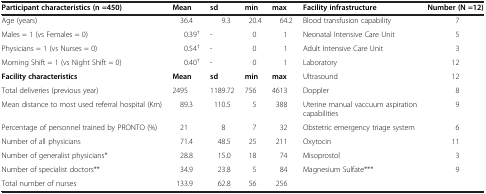
<table><thead><tr><td><b>Participant characteristics (n =450)</b></td><td><b>Mean</b></td><td><b>sd</b></td><td><b>min</b></td><td><b>max</b></td><td><b>Facility infrastructure</b></td><td><b>Number (N =12)</b></td></tr></thead><tbody><tr><td>Age (years)</td><td>36.4</td><td>9.3</td><td>20.4</td><td>64.2</td><td>Blood transfusion capability</td><td>7</td></tr><tr><td>Males = 1 (vs Females = 0)</td><td>0.39<sup>†</sup></td><td>-</td><td>0</td><td>1</td><td>Neonatal Intensive Care Unit</td><td>5</td></tr><tr><td>Physicians = 1 (vs Nurses = 0)</td><td>0.54<sup>†</sup></td><td>-</td><td>0</td><td>1</td><td>Adult Intensive Care Unit</td><td>3</td></tr><tr><td>Morning Shift = 1 (vs Night Shift = 0)</td><td>0.40<sup>†</sup></td><td>-</td><td>0</td><td>1</td><td>Laboratory</td><td>12</td></tr><tr><td><b>Facility characteristics</b></td><td><b>Mean</b></td><td><b>sd</b></td><td><b>min</b></td><td><b>max</b></td><td>Ultrasound</td><td>12</td></tr><tr><td>Total deliveries (previous year)</td><td>2495</td><td>1189.72</td><td>756</td><td>4613</td><td>Doppler</td><td>8</td></tr><tr><td>Mean distance to most used referral hospital (Km)</td><td>89.3</td><td>110.5</td><td>5</td><td>388</td><td>Uterine manual vaccuum aspiration capabilities</td><td>9</td></tr><tr><td>Percentage of personnel trained by PRONTO (%)</td><td>21</td><td>8</td><td>7</td><td>32</td><td>Obstetric emergency triage system</td><td>6</td></tr><tr><td>Number of all physicians</td><td>71.4</td><td>48.5</td><td>25</td><td>211</td><td>Oxytocin</td><td>11</td></tr><tr><td>Number of generalist physicians*</td><td>28.8</td><td>15.0</td><td>18</td><td>74</td><td>Misoprostol</td><td>3</td></tr><tr><td>Number of specialist doctors**</td><td>34.9</td><td>23.8</td><td>5</td><td>84</td><td>Magnesium Sulfate***</td><td>9</td></tr><tr><td>Total number of nurses</td><td>133.9</td><td>62.8</td><td>56</td><td>256</td><td></td><td></td></tr></tbody></table>